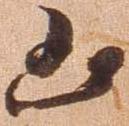
凶